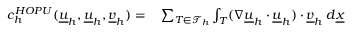
\begin{array} { r l } { c _ { h } ^ { H O P U } ( \underline { { u } } _ { h } , \underline { { u } } _ { h } , \underline { { v } } _ { h } ) = } & { { } \sum _ { T \in \mathcal { T } _ { h } } \int _ { T } ( \nabla \underline { { u } } _ { h } \cdot \underline { { u } } _ { h } ) \cdot \underline { { v } } _ { h } \: d \underline { { x } } } \end{array}